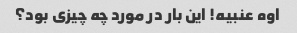
اوه عنبیه! این بار در مورد چه چیزی بود؟